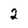
Character: 2